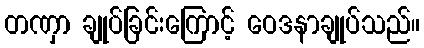
တဏှာ ချုပ်ခြင်းကြောင့် ဝေဒနာချုပ်သည်။